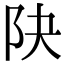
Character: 䦼